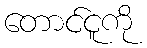
တောင်ငူကို